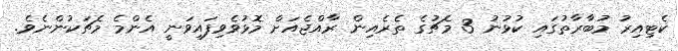
ކެޓިއިރު މުބާރާތުގައި ކުޅުނު 3 މެޗުގެ ތެރެއިން ރާއްޖެއަށް މޮޅުވެވިފައިވަނީ އެންމެ މެޗަކުންނެވެ.